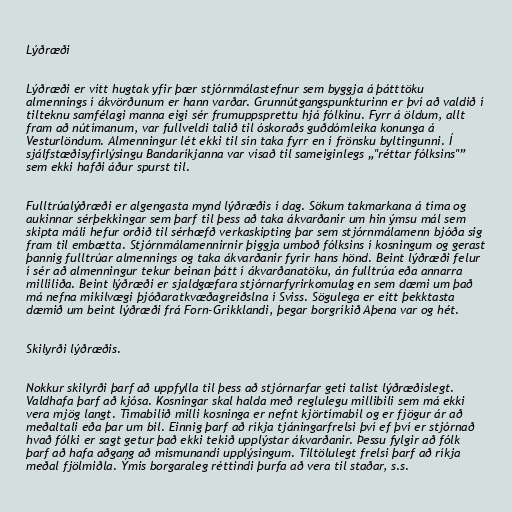
Lýðræði

Lýðræði er vítt hugtak yfir þær stjórnmálastefnur sem byggja á þátttöku
almennings í ákvörðunum er hann varðar. Grunnútgangspunkturinn er því að valdið í
tilteknu samfélagi manna eigi sér frumuppsprettu hjá fólkinu. Fyrr á öldum, allt
fram að nútímanum, var fullveldi talið til óskoraðs guðdómleika konunga á
Vesturlöndum. Almenningur lét ekki til sín taka fyrr en í frönsku byltingunni. Í
sjálfstæðisyfirlýsingu Bandaríkjanna var vísað til sameiginlegs „"réttar fólksins"”
sem ekki hafði áður spurst til.

Fulltrúalýðræði er algengasta mynd lýðræðis í dag. Sökum takmarkana á tíma og
aukinnar sérþekkingar sem þarf til þess að taka ákvarðanir um hin ýmsu mál sem
skipta máli hefur orðið til sérhæfð verkaskipting þar sem stjórnmálamenn bjóða sig
fram til embætta. Stjórnmálamennirnir þiggja umboð fólksins í kosningum og gerast
þannig fulltrúar almennings og taka ákvarðanir fyrir hans hönd. Beint lýðræði felur
í sér að almenningur tekur beinan þátt í ákvarðanatöku, án fulltrúa eða annarra
milliliða. Beint lýðræði er sjaldgæfara stjórnarfyrirkomulag en sem dæmi um það
má nefna mikilvægi þjóðaratkvæðagreiðslna í Sviss. Sögulega er eitt þekktasta
dæmið um beint lýðræði frá Forn-Grikklandi, þegar borgríkið Aþena var og hét.

Skilyrði lýðræðis.

Nokkur skilyrði þarf að uppfylla til þess að stjórnarfar geti talist lýðræðislegt.
Valdhafa þarf að kjósa. Kosningar skal halda með reglulegu millibili sem má ekki
vera mjög langt. Tímabilið milli kosninga er nefnt kjörtímabil og er fjögur ár að
meðaltali eða þar um bil. Einnig þarf að ríkja tjáningarfrelsi því ef því er stjórnað
hvað fólki er sagt getur það ekki tekið upplýstar ákvarðanir. Þessu fylgir að fólk
þarf að hafa aðgang að mismunandi upplýsingum. Tiltölulegt frelsi þarf að ríkja
meðal fjölmiðla. Ýmis borgaraleg réttindi þurfa að vera til staðar, s.s.